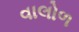
વાલોળ